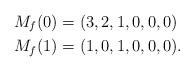
LaTeX: \begin{align*}M_f(0) & = (3,2,1,0,0,0) \\M_f(1) & = (1,0,1,0,0, 0).\end{align*}